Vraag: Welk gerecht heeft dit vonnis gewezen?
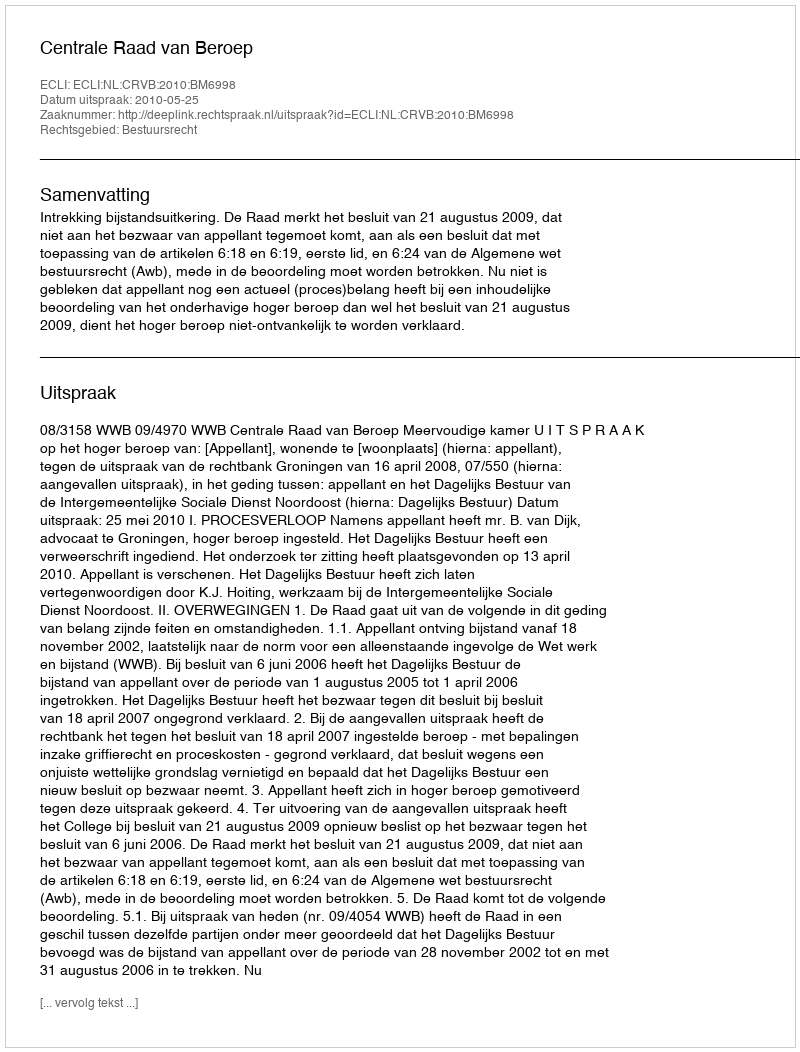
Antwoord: Centrale Raad van Beroep